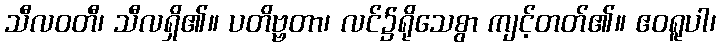
သီလဝတီ၊ သီလရှိ၏။ ပတိဗ္ဗတာ၊ လင်၌ရိုသေစွာ ကျင့်တတ်၏။ ဧဝရူပါ၊